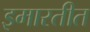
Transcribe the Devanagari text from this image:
इमारतीत